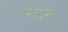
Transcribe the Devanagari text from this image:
नंद्वानी